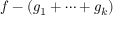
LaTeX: f - ( g _ { 1 } + \cdots + g _ { k } )